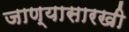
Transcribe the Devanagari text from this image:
जाण्यासारखी